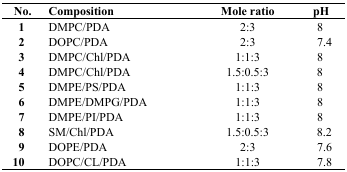
| No. | Composition | Mole ratio | pH |
 | --- | --- | --- | --- |
 | 1 | DMPC/PDA | 2:3 | 8 |
 | 2 | DOPC/PDA | 2:3 | 7.4 |
 | 3 | DMPC/Chl/PDA | 1:1:3 | 8 |
 | 4 | DMPC/Chl/PDA | 1.5:0.5:3 | 8 |
 | 5 | DMPE/PS/PDA | 1:1:3 | 8 |
 | 6 | DMPE/DMPG/PDA | 1:1:3 | 8 |
 | 7 | DMPE/PI/PDA | 1:1:3 | 8 |
 | 8 | SM/Chl/PDA | 1.5:0.5:3 | 8.2 |
 | 9 | DOPE/PDA | 2:3 | 7.6 |
 | 10 | DOPC/CL/PDA | 1:1:3 | 7.8 |